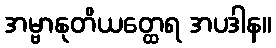
အမ္ဗာနုတိယတ္ထေရ အပဒါန။